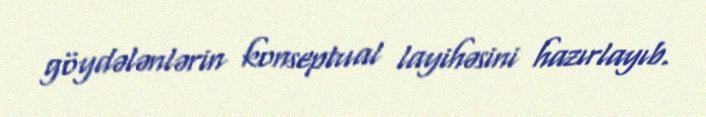
göydələnlərin konseptual layihəsini hazırlayıb.